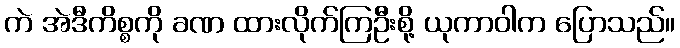
ကဲ အဲဒီကိစ္စကို ခဏ ထားလိုက်ကြဦးစို့ ယုကာဝါက ပြောသည်။